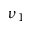
\nu _ { 1 }